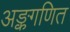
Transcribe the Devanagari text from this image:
अङ्कगणित